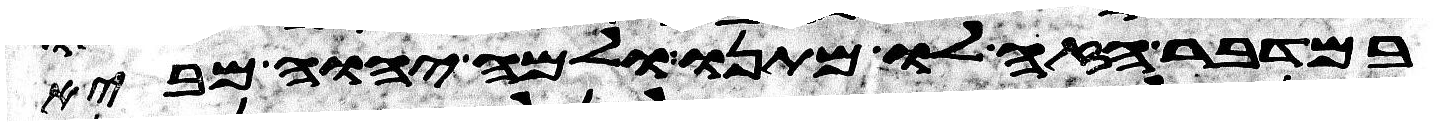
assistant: במדבר הזה לו מתנו ולמה יהוה מביא